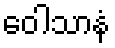
ဝေါသာနံ